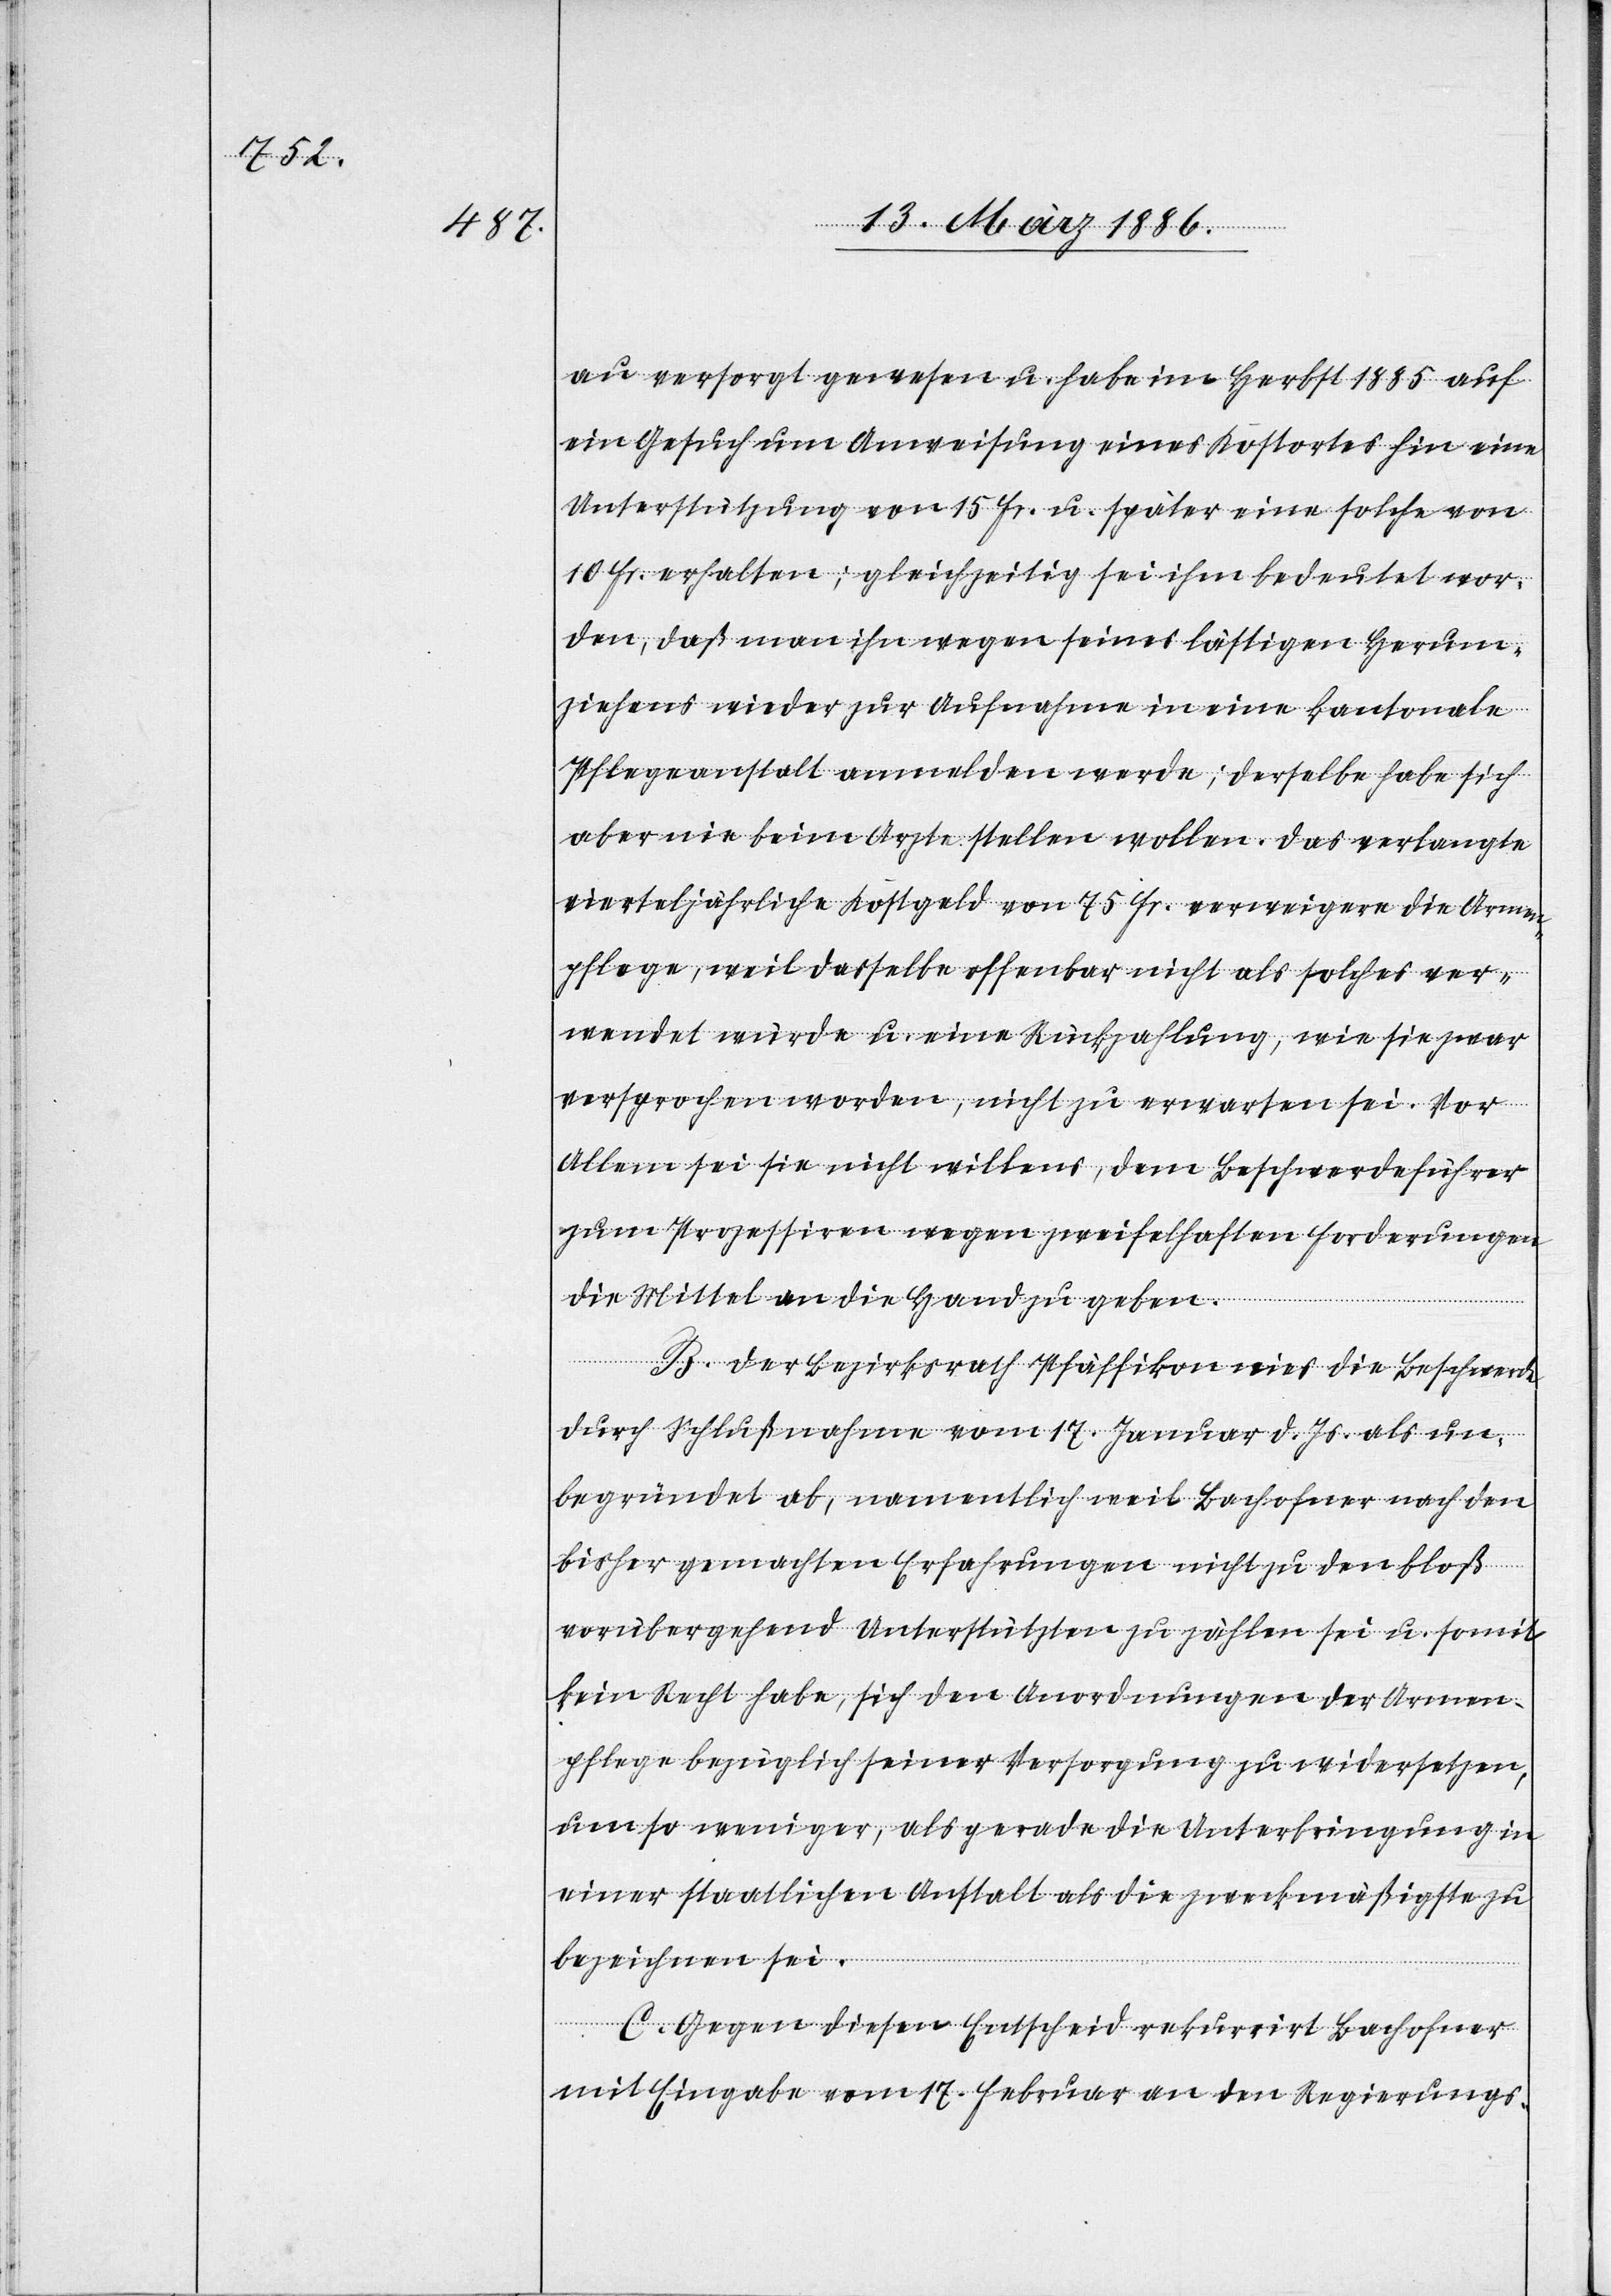
au versorgt gewesen u. habe im Herbst 1885 auf
ein Gesuch um Anweisung eines Kostortes hin eine
Unterstützung von 15 Fr. u. später eine solche von
10 Fr. erhalten; gleichzeitig sei ihm bedeutet wor¬
den, daß man ihn wegen seines lästigen Herum¬
ziehens wieder zur Aufnahme in eine kantonale
Pflegeanstalt anmelden werde; derselbe habe sich
aber nie beim Arzte stellen wollen. Das verlangte
vierteljährliche Kostgeld von 75 Fr. verweigere die Armen¬
pflege, weil dasselbe offenbar nicht als solches ver¬
wendet würde u. eine Rückzahlung, wie sie zwar
versprochen worden, nicht zu erwarten sei. Vor
Allem sei sie nicht willens, dem Beschwerdeführer
zum Prozessiren wegen zweifelhaften Forderungen
die Mittel an die Hand zu geben.
B. Der Bezirksrath Pfäffikon wies die Beschwerde
durch Schlußnahme vom 17. Januar d. Js. als un¬
begründet ab, namentlich weil Bachofner nach den
bisher gemachten Erfahrungen nicht zu den bloß
vorübergehend Unterstützten zu zählen sei u. somit
kein Recht habe, sich den Anordnungen der Armen¬
pflege bezüglich seiner Versorgung zu widersetzen,
um so weniger, als gerade die Unterbringung in
einer staatlichen Anstalt als die zweckmäßigste zu
bezeichnen sei.
C. Gegen diesen Entscheid rekurrirt Bachofner
mit Eingabe vom 17. Februar an den Regierungs-